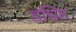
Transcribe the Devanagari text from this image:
डविट